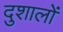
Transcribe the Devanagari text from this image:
दुशालों